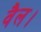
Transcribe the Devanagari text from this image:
वैल।